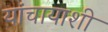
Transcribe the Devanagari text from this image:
यांचायाशी